Burma Government Medical School reports 1923-41
Year: 1923
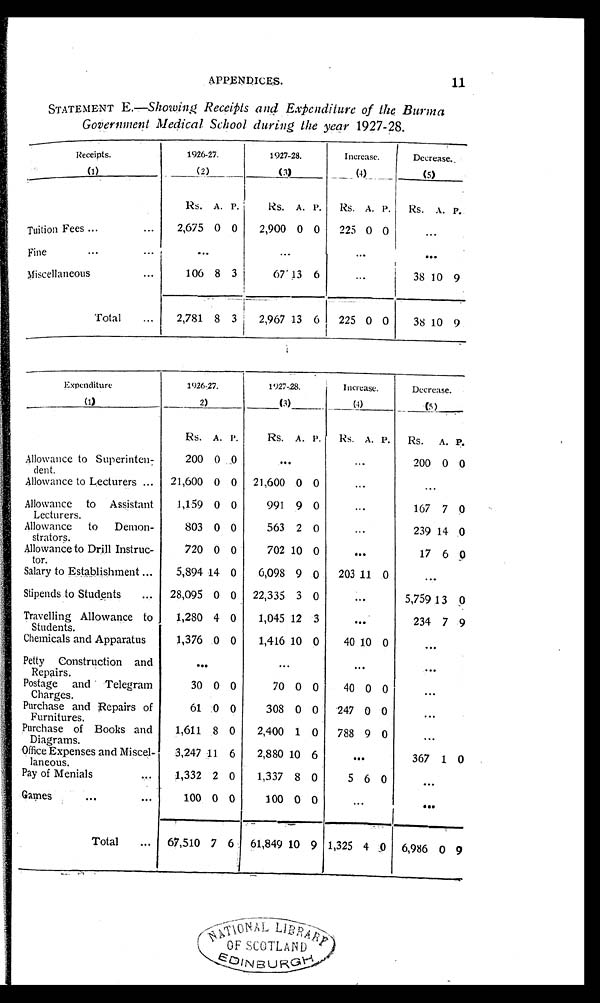
11
STATEMENT E.—Showing Receipts and Expenditure of the Burma
Government Medical School during the year 1927-28.
Receipts.
(1)
1926-27.
(2)
1927-28.
(3)
Increase.
(4)
Decrease..
(5)
Rs. A. P.
Rs. A. P. Rs. A. P. Rs. A. P.
Tuition Fees
2,675 0 0
2,900 0 0 225 0 0
. . .
Fine
. . .
. . .
. . .
. . .
Miscellaneous
106 8 3
67 13 6
...
38 10 9
Total
2,781 8 3
2,967 13 6 225 0 0
38 10 9
Expenditure
(1)
1926-27.
( 2 )
1927-28.
(3)
I n c r e a s e .
( 4 ) Decrease.
(5)
Rs. A. P.
Rs. A. P. Rs. A. P. Rs. A. P.
Allowance to Superinten
-dent.
200 0 0
. . .
. . .
200 0 0
Allowance to Lecturers
21,600 0 0 21,600 0 0
. . . ...
Allowance to Assistant
Lecturers.
1,159 0 0
991 9 0
. . .
167 7 0
Allowance to
Dmon-strators.
803 0 0
563 2 0
. . .
239 14 0
Allowance to Drill Instruc
-tor.
720 0 0
702 10 0
. . .
17 6 0
Salary to Establishment
5,894 14 0
6,098 9 0 203 11 0
...
Stipends to Students
28,095 0 0 22,335 3 0
. . .
5,759 13 0
Travelling Allowance to
Students.
1,280 4 0
1,045 12 3
. . .
234 7 9
Chemicals and Apparatus
1,376 0 0
1,416 10 0
40 10 0
. . .
Petty Construction and
Repairs.
. . .
. . .
. . .
. . .
Postage and Telegram
Charges.
30 0 0
70 0 0
40 0 0
. . .
Purchase and Repairs of
Furnitures.
61 0 0
308 0 0 247 0 0
. . .
Purchase of Books and
Diagrams.
1,611 8 0
2,400 1 0 788 9 0
. . .
Office Expenses and Miscel
-laneous.
3,247 11 6
2,880 10 6
. . .
367 1 0
Pay of Menials
1,332 2 0
1,337 8 0
5 6 0
. . .
Games
100 0 0
100 0 0
...
...
Total
67,510 7 6 61,849 10 9 1,325 4 0 6,986 0 9